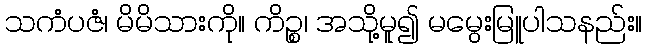
သကံပဇံ၊ မိမိသားကို။ ကိဉ္စ၊ အသို့မူ၍ မမွေးမြူပါသနည်း။